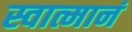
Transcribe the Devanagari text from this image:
स्वात्मानं